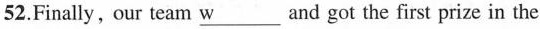
52. Finally, our team \underline{w} ___and got the first prize in the